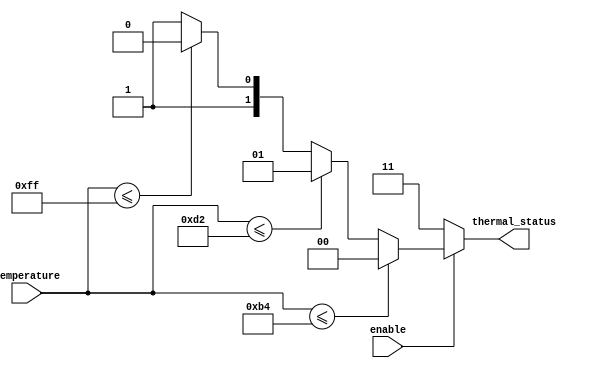
module thermal_encoder (
    input wire [7:0] temperature,  // 8-bit analog temperature input from ADC
    input wire enable,              // Enable signal for the encoder
    output reg [1:0] thermal_status // 2-bit output for thermal status
);

// Thermal status encoding
parameter NORMAL    = 2'b00; // Normal status
parameter WARNING   = 2'b01; // Warning status
parameter CRITICAL  = 2'b10; // Critical status

// Temperature thresholds
parameter NORMAL_MAX    = 8'd180; // Up to 180C is normal
parameter WARNING_MAX   = 8'd210; // Up to 210C is warning
parameter CRITICAL_MAX  = 8'd255; // Above 210C is critical

always @(*) begin
    // Default status
    thermal_status = 2'b00; // Default to NORMAL

    if (enable) begin
        // Determine thermal status based on temperature input
        if (temperature <= NORMAL_MAX) begin
            thermal_status = NORMAL; // Normal state
        end
        else if (temperature <= WARNING_MAX) begin
            thermal_status = WARNING; // Warning state
        end
        else if (temperature <= CRITICAL_MAX) begin
            thermal_status = CRITICAL; // Critical state
        end
        else begin
            thermal_status = 2'b11; // Invalid state, outside valid range
        end
    end
    else begin
        thermal_status = 2'b11; // Output invalid if not enabled
    end
end

endmodule